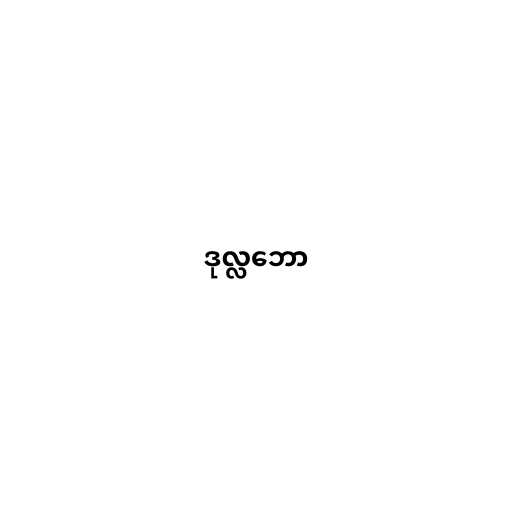
ဒုလ္လဘော